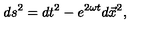
d s ^ { 2 } = d t ^ { 2 } - e ^ { 2 \omega t } d \vec { x } ^ { 2 } ,